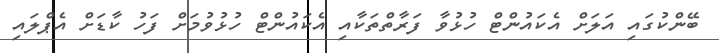
ބޭންކުގައި އަލަށް އެކައުންޓް ހުޅުވާ ފަރާތްތަކާއި އެކައުންޓް ހުޅުވުމަށް ފަހު ކާޑަށް އެޕްލައި